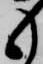
も